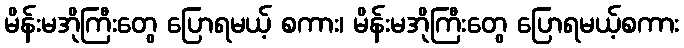
မိန်းမအိုကြီးတွေ ပြောရမယ့် စကား၊ မိန်းမအိုကြီးတွေ ပြောရမယ့်စကား